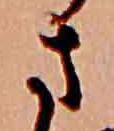
さ